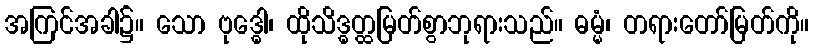
အကြင်အခါ၌။ သော ဗုဒ္ဓေါ၊ ထိုသိဒ္ဓတ္ထမြတ်စွာဘုရားသည်။ ဓမ္မံ၊ တရားတော်မြတ်ကို။